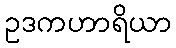
ဥဒကဟာရိယာ